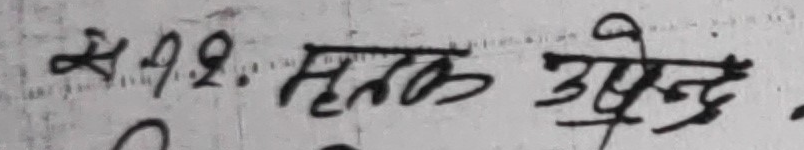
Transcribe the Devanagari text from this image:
49. मृतक उपेन्द्र .